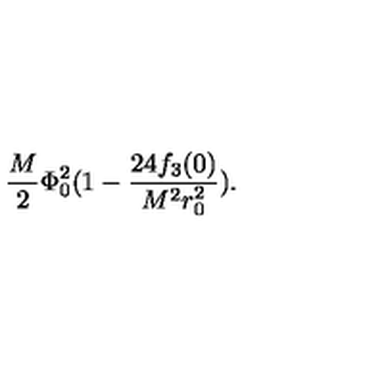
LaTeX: \frac { M } { 2 } \Phi _ { 0 } ^ { 2 } ( 1 - \frac { 2 4 f _ { 3 } ( 0 ) } { M ^ { 2 } r _ { 0 } ^ { 2 } } ) .